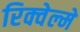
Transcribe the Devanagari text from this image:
रिक्वेल्मे